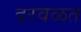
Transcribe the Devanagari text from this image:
दरवळत